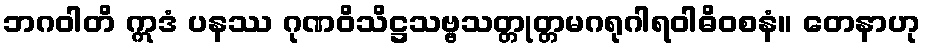
ဘဂဝါတိ ဣဒံ ပနဿ ဂုဏဝိသိဋ္ဌသဗ္ဗသတ္တုတ္တမဂရုဂါရဝါဓိဝစနံ။ တေနာဟု